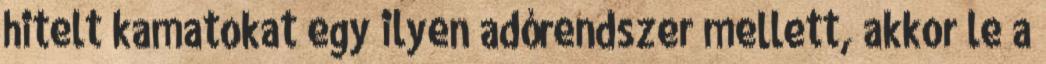
hitelt kamatokat egy ilyen adórendszer mellett, akkor le a